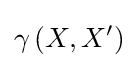
\gamma \left(X,X'\right)